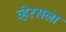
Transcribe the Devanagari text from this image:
व्हेरसला